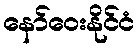
နော်ဝေးနိုင်ငံ